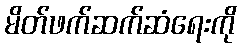
မိတ်ဖက်ဆက်ဆံရေးကို